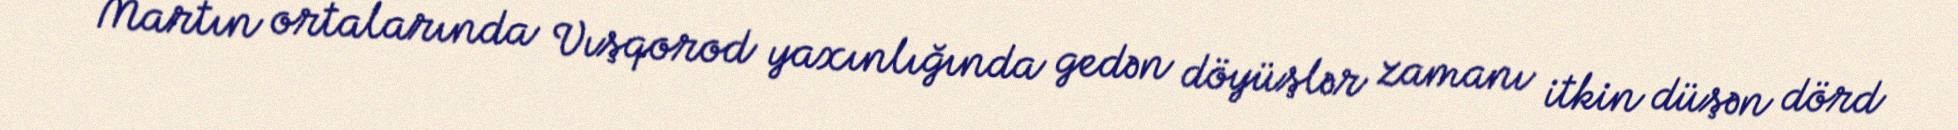
Martın ortalarında Vışqorod yaxınlığında gedən döyüşlər zamanı itkin düşən dörd